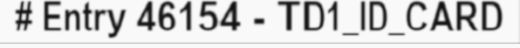
# Entry 46154 - TD1_ID_CARD